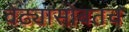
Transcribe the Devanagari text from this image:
वेढ्यासोबतच